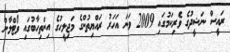
ރައީސް ނަޝީދުގެ ވެރިކަމުގައި 2009 ވަނަ އަހަރު ރައްޔިތުންގެ މަޖިލީހުގެ އިންތިހާބުގައި ވޯޓްލާން